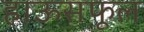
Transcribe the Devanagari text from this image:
हाऊसफूल